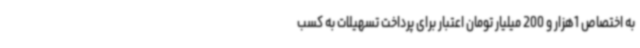
به اختصاص 1هزار و 200 میلیار تومان اعتبار برای پرداخت تسهیلات به کسب